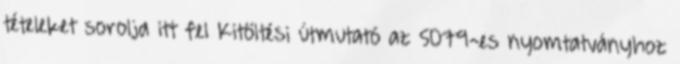
tételeket sorolja itt fel Kitöltési útmutató az 5079-es nyomtatványhoz